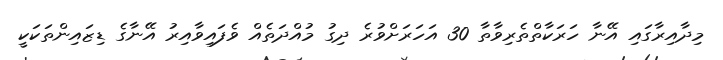
މިދާއިރާގައި އޭނާ ހަރަކާތްތެރިވާތާ 30 އަހަރަށްވުރެ ދިގު މުއްދަތެއް ވެފައިވާއިރު އޭނާގެ ޑިޒައިންތަކަކީ